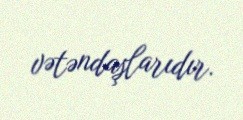
vətəndaşlarıdır.